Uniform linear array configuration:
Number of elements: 64
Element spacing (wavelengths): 0.5
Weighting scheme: blackman
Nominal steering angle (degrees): -15
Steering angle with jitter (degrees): -13.414
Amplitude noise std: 0.05
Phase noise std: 0.05

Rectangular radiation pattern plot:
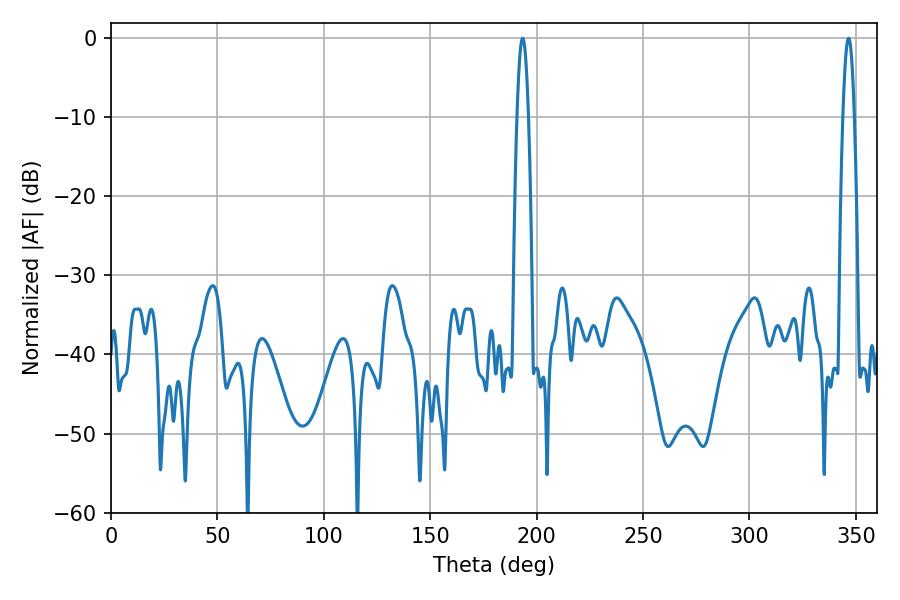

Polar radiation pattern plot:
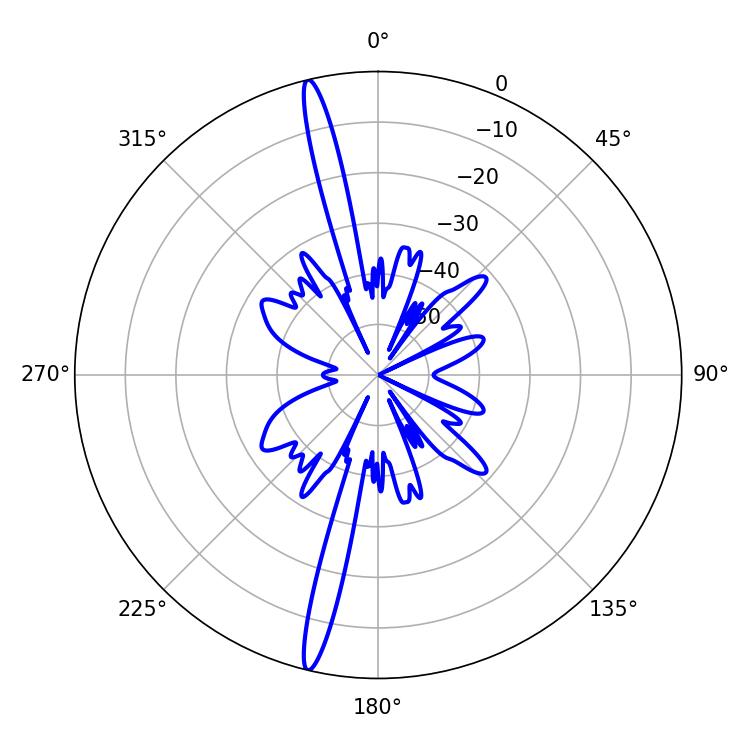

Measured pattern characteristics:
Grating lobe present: FALSE
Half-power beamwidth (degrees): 2.88
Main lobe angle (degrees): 346.5